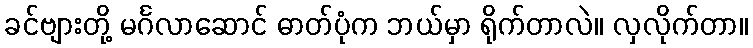
ခင်ဗျားတို့ မင်္ဂလာဆောင် ဓာတ်ပုံက ဘယ်မှာ ရိုက်တာလဲ။ လှလိုက်တာ။